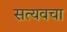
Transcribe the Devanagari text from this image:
सत्यवचा